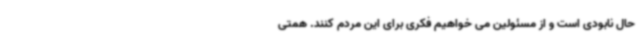
حال نابودی است و از مسئولین می خواهیم فکری برای این مردم کنند. همتی